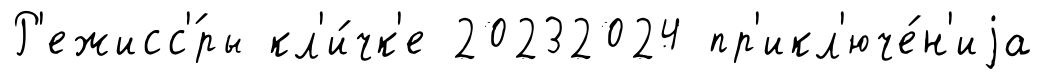
Р'ежисс'́ры кл'и́чк'е 20232024 пр'икл'юче́н'иjа